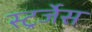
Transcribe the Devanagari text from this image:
स्ट्रर्जेस